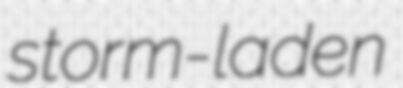
storm-laden